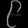
Digit: ၉